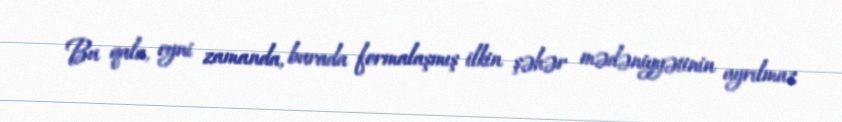
Bu qala, eyni zamanda, burada formalaşmış ilkin şəhər mədəniyyətinin ayrılmaz